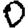
Digit: 0